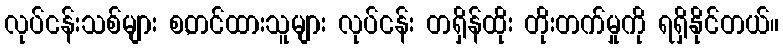
လုပ်ငန်းသစ်များ စ,တင်ထားသူများ လုပ်ငန်း တရှိန်ထိုး တိုးတက်မှုကို ရရှိနိုင်တယ်။